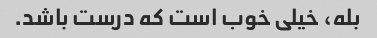
بله، خیلی خوب است که درست باشد.